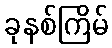
ခုနစ်ကြိမ်